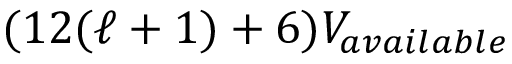
( 1 2 ( \ell + 1 ) + 6 ) V _ { a v a i l a b l e }